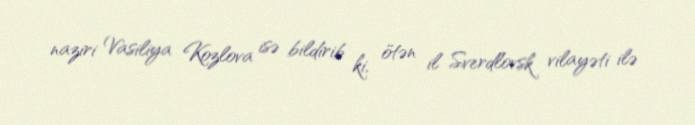
naziri Vasiliya Kozlova isə bildirib ki, ötən il Sverdlovsk vilayəti ilə